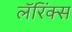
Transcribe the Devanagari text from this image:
लॅरिंक्स